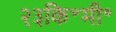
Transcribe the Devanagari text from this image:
२३कि॰मी॰